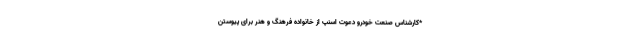
*کارشناس صنعت خودرو دعوت اسنپ‌ از خانواده فرهنگ و هنر برای پیوستن